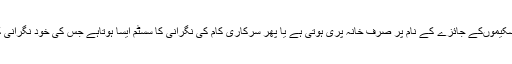
ایسا لگتا ہے کہ اسکیموںکے جائزے کے نام پر صرف خانہ پری ہوتی ہے یا پھر سرکاری کام کی نگرانی کا سسٹم ایسا ہوتاہے جس کی خود نگرانی کی ضرورت ہے۔